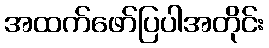
အထက်ဖော်ပြပါအတိုင်း